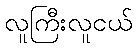
လူကြီးလူငယ်